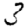
Digit: 3